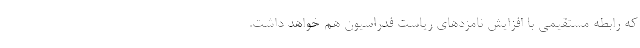
که رابطه مستقیمی با افزایش نامزدهای ریاست فدراسیون هم خواهد داشت.